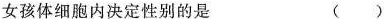
女孩体细胞内决定性别的是 ( )